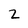
Character: 2